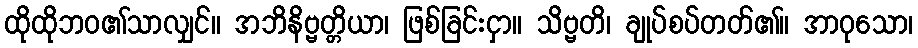
ထိုထိုဘဝ၏သာလျှင်။ အဘိနိဗ္ဗတ္တိယာ၊ ဖြစ်ခြင်းငှာ။ သိဗ္ဗတိ၊ ချုပ်စပ်တတ်၏။ အာဝုသော၊